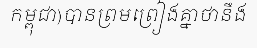
កម្ពុជា)បានព្រមព្រៀងគ្នាថានឹង